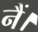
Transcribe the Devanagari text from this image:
नैं।